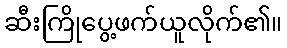
ဆီးကြိုပွေ့ဖက်ယူလိုက်၏။